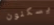
يسكنون